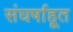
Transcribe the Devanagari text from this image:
संघर्षाहूत